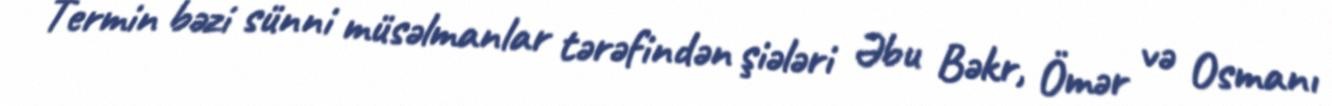
Termin bəzi sünni müsəlmanlar tərəfindən şiələri Əbu Bəkr, Ömər və Osmanı